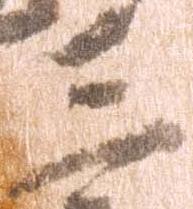
三